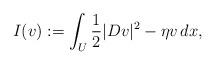
LaTeX: \begin{align*}I(v):=\int_{U}\frac{1}{2}|Dv|^{2}-\eta v\, dx,\end{align*}